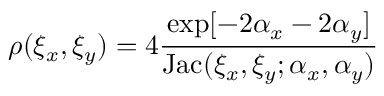
\rho ( \xi _ { x } , \xi _ { y } ) = 4 \frac { \exp [ - 2 \alpha _ { x } - 2 \alpha _ { y } ] } { \mathrm { J a c } ( \xi _ { x } , \xi _ { y } ; \alpha _ { x } , \alpha _ { y } ) }